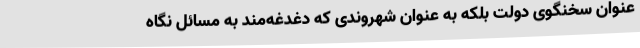
عنوان سخنگوی دولت بلکه به عنوان شهروندی که دغدغه‌مند به مسائل نگاه